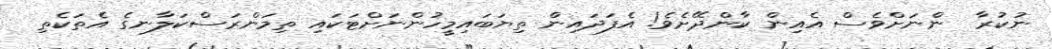
ނުކުރާ  ންނަށްވެސް އެއިން ކާންދޭށެވެ! އެފަދައިން ތިޔަބައިމީހުންނަށްޓަކައި ތިމަންރަސްކަލާނގެ އެތަކެތި